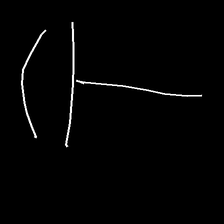
Glyph: dispersion